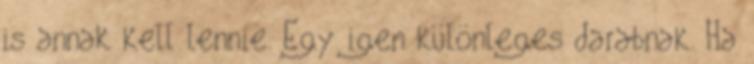
is annak kell lennie. Egy igen különleges darabnak. Ha